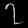
Digit: ၇